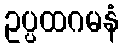
ဥပ္ပထဂမနံ